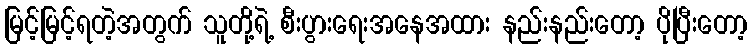
မြင့်မြင့်ရတဲ့အတွက် သူတို့ရဲ့ စီးပွားရေးအနေအထား နည်းနည်းတော့ ပိုပြီးတော့